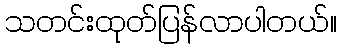
သတင်းထုတ်ပြန်လာပါတယ်။